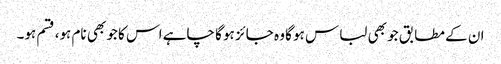
ان کے مطابق جو بھی لباس ہو گا وہ جائز ہو گا چاہے اس کا جو بھی نام ہو، قسم ہو۔